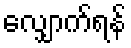
လျှောက်ရန်